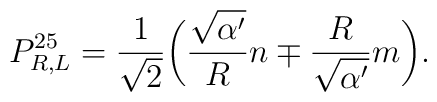
P^{25}_{R, L}=\frac{1}{\sqrt{2}} \bigg(\frac{\sqrt{\alpha '}}{R}n \mp \frac{R}{\sqrt{\alpha '}}m\bigg).